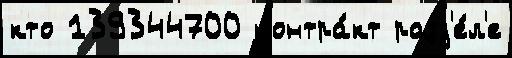
кто 139344700 контра́кт разд'е́л'е